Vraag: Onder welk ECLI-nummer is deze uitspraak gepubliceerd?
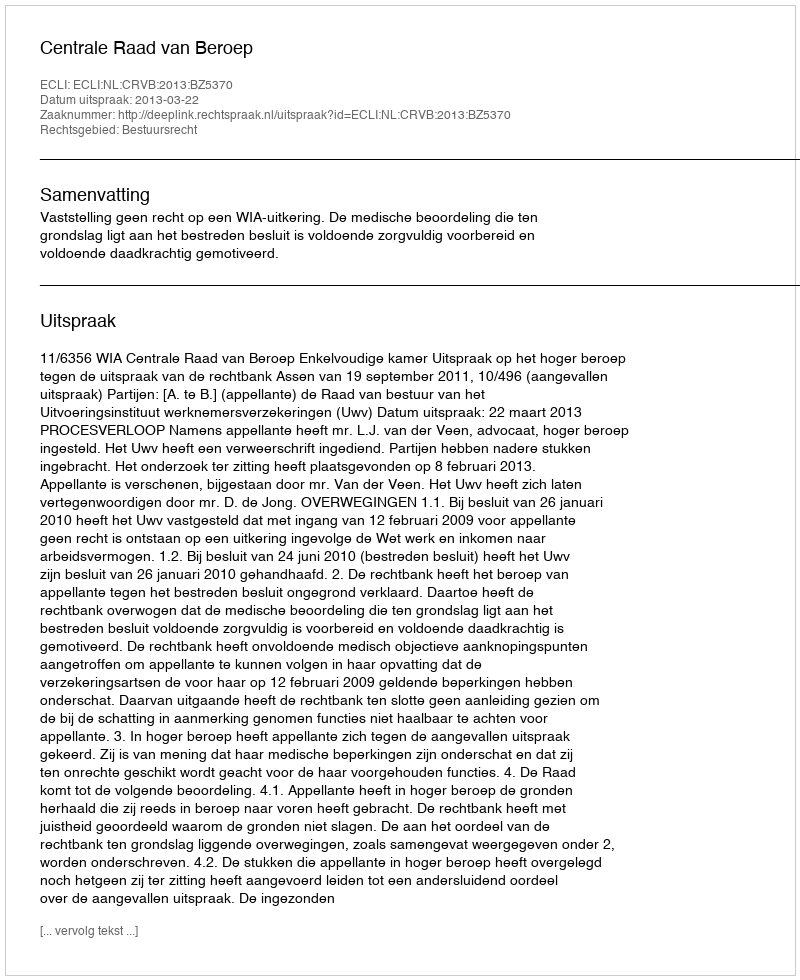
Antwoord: ECLI:NL:CRVB:2013:BZ5370